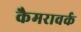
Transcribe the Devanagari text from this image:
कैमरावर्क